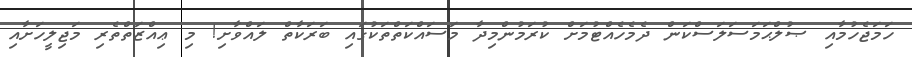
ހަމަޖެހުމާއި ޞުލްޙަމަސަލަސްކަން ދެމެހެއްޓުމަށް ކުރަމުންމިދާ މަސައްކަތްތަކުގައި ބަރަކާތް ލައްވާށި! މި ޢިއްޒަތްތެރި މަޖިލީހަށާއި